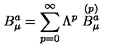
B _ { \mu } ^ { a } = \sum _ { p = 0 } ^ { \infty } \Lambda ^ { p } \stackrel { ( p ) } { B _ { \mu } ^ { a } }